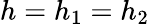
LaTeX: h=h_{1}=h_{2}